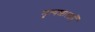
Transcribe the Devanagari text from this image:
नृत्यशालाएँ